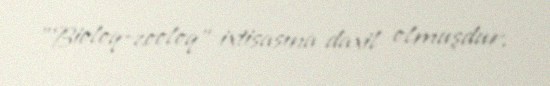
"Bioloq-zooloq" ixtisasına daxil olmuşdur.